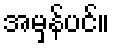
အမှန်ပင်။